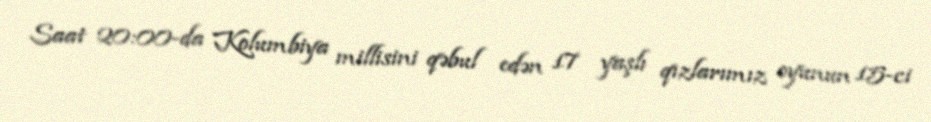
Saat 20:00-da Kolumbiya millisini qəbul edən 17 yaşlı qızlarımız oyunun 15-ci